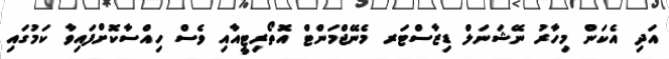
އަދި އެކަން މިހާރު ނޭޝަނަލް ޑިޒާސްޓަރ މެނޭޖްމަންޓް އޮތޯރިޓީއާއި ވެސް ހިއްސާކޮށްފައިވާ ކަމުގައި